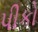
પીકો